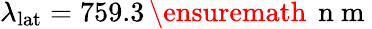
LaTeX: \lambda_{\mathrm{lat}}=759.3\, \ensuremath{\, \mathrm{~n~m~}}